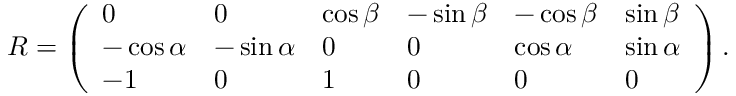
R = \left( \begin{array} { l l l l l l } { 0 } & { 0 } & { \cos \beta } & { - \sin \beta } & { - \cos \beta } & { \sin \beta } \\ { - \cos \alpha } & { - \sin \alpha } & { 0 } & { 0 } & { \cos \alpha } & { \sin \alpha } \\ { - 1 } & { 0 } & { 1 } & { 0 } & { 0 } & { 0 } \end{array} \right) .